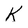
Character: K